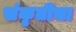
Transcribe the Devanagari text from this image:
संकृतीचा